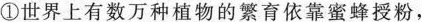
①世界上有数万种植物的繁育依靠蜜蜂授粉，